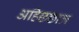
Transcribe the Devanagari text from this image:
अहिछछात्र